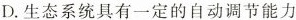
D.生态系统具有一定的自动调节能力